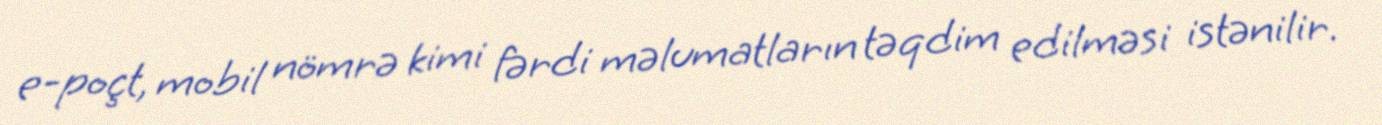
e-poçt, mobil nömrə kimi fərdi məlumatların təqdim edilməsi istənilir.